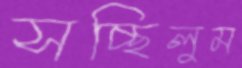
সচ্ছিলুম